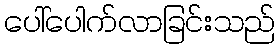
ပေါ်ပေါက်လာခြင်းသည်